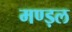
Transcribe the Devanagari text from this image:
मण्ड़ल